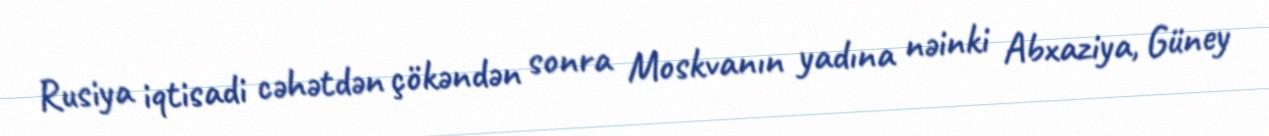
Rusiya iqtisadi cəhətdən çökəndən sonra Moskvanın yadına nəinki Abxaziya, Güney